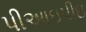
પીઆઇપીઇ